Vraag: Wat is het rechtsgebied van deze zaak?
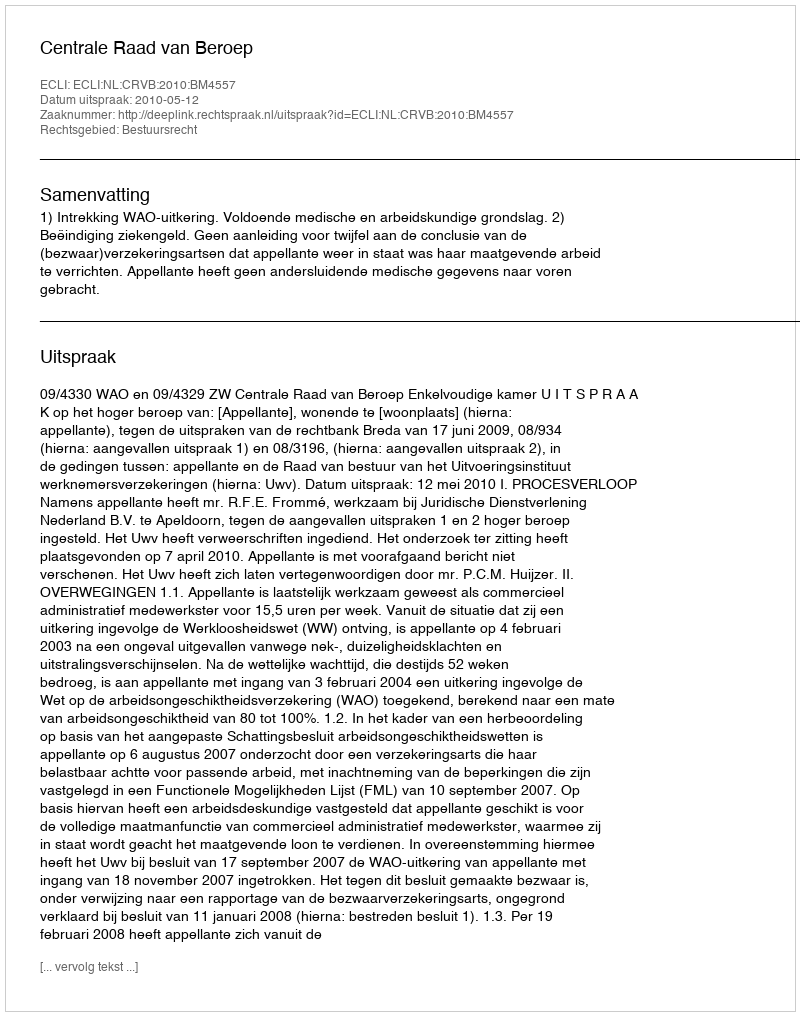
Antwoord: Bestuursrecht